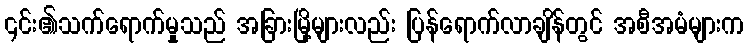
၎င်း၏သက်ရောက်မှုသည် အခြားမြို့များလည်း ပြန်ရောက်လာချိန်တွင် အစီအမံများက